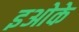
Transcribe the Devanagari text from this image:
इओके